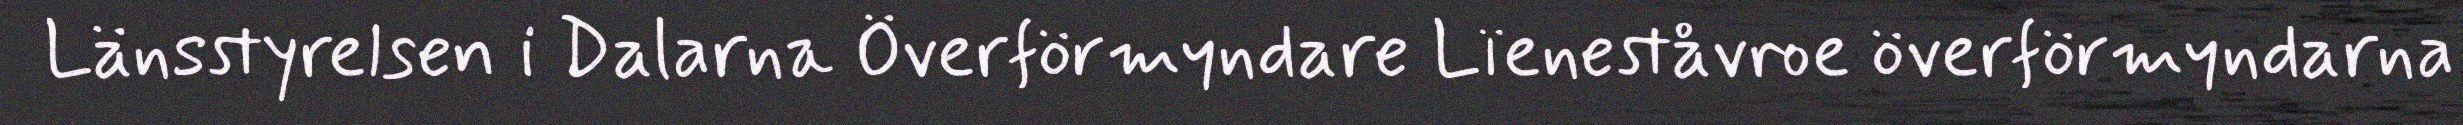
Länsstyrelsen i Dalarna Överförmyndare Lïeneståvroe överförmyndarna